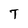
Character: T